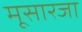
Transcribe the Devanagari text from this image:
मूसारजा